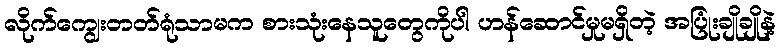
လိုက်ကျွေးတတ်ရုံသာမက စားသုံးနေသူတွေကိုပါ ဟန်ဆောင်မှုမရှိတဲ့ အပြုံးချိုချိုနဲ့